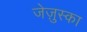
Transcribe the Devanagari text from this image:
जेज़ुस्का